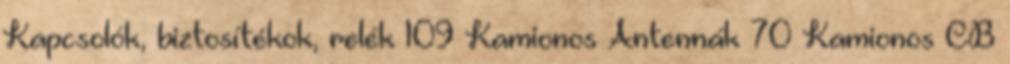
Kapcsolók, biztosítékok, relék 109 Kamionos Antennák 70 Kamionos CB